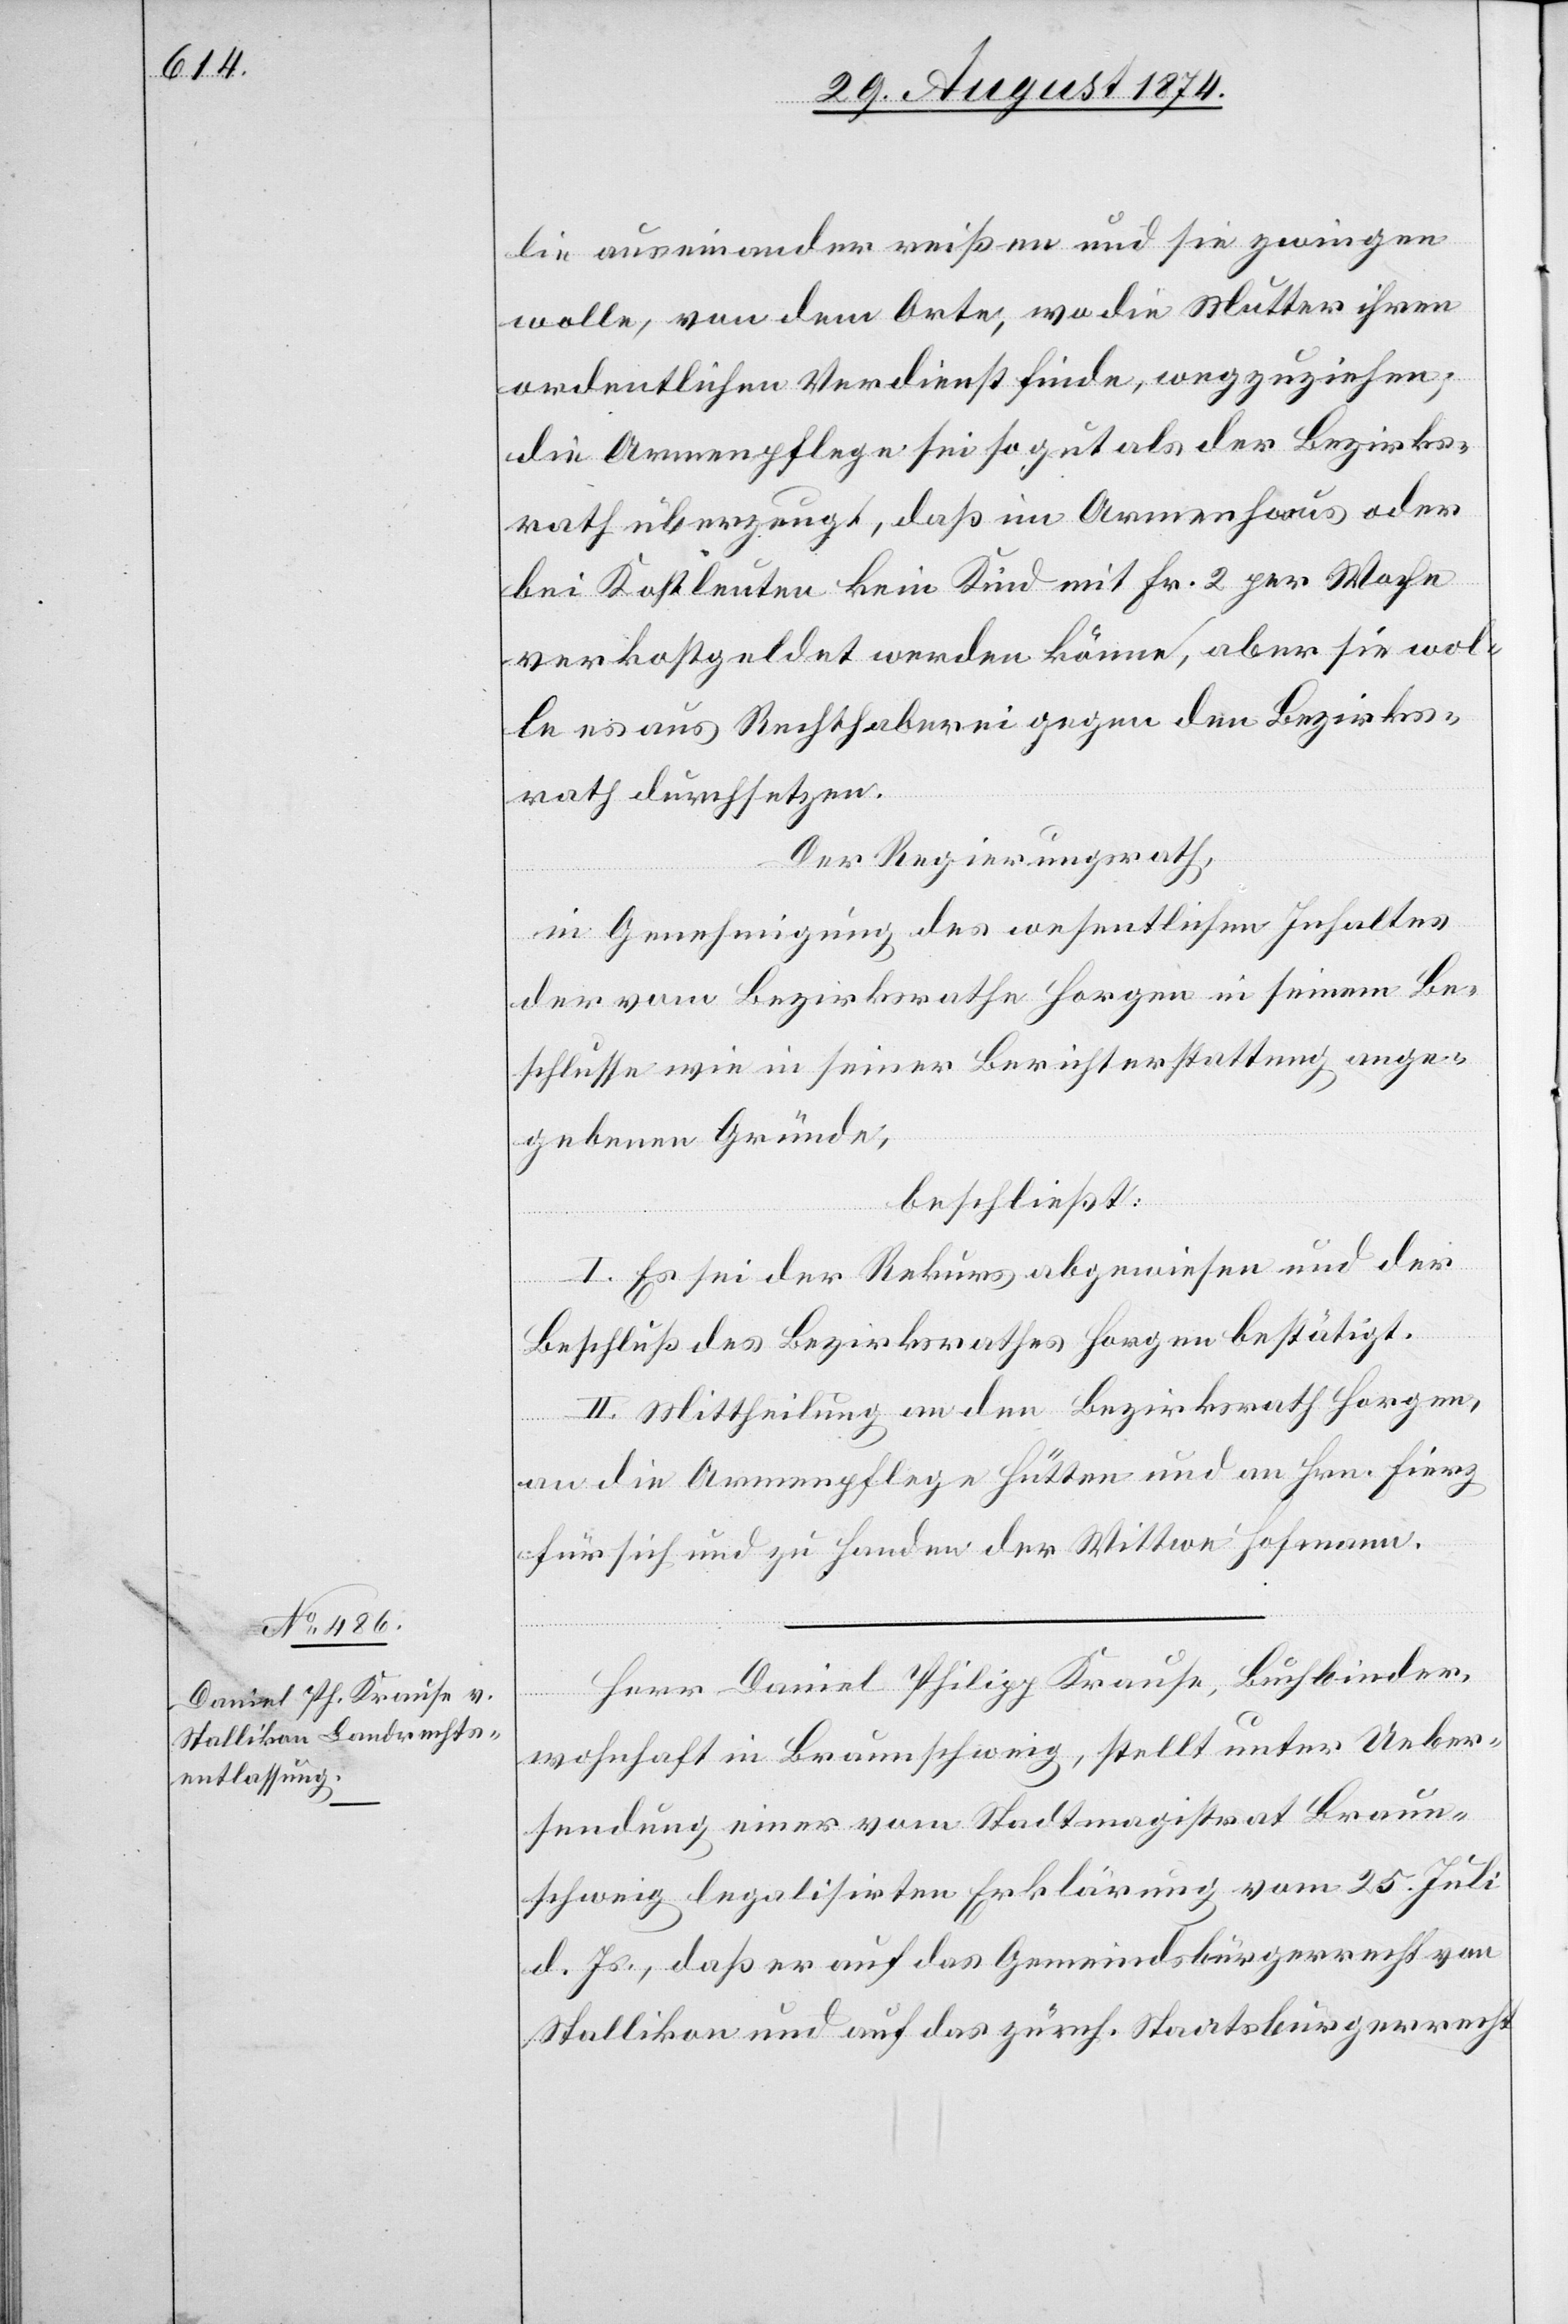
lie auseinander reißen und sie zwingen
wolle, von dem Orte, wo die Mutter ihren
ordentlichen Verdienst finde, wegzuziehen;
die Armenpflege sei so gut als der Bezirks¬
rath überzeugt, daß im Armenhaus oder
bei Kostleuten kein Kind mit Fr. 2 per Woche
verkostgeldet werden könne, aber sie wol¬
le es aus Rechthaberei gegen den Bezirks¬
rath durchsetzen.
Der Regierungsrath,
in Genehmigung des wesentlichen Inhaltes
der vom Bezirksrathe Horgen in seinem Be¬
schlusse wie in seiner Berichterstattung ange¬
gebenen Gründe,
beschließt:
I. Es sei der Rekurs abzuweisen und der
Beschluß des Bezirksrathes Horgen bestätigt.
II. Mittheilung an den Bezirksrath Horgen,
an die Armenpflege Hütten und an Hrn. Fierz
für sich und zu Handen der Wittwe Hofmann.
Herr Daniel Philipp Krause, Buchbinder,
wohnhaft in Braunschweig, stellt unter Ueber¬
sendung einer vom Stadtmagistrat Braun¬
schweig legalisirten Erklärung vom 25. Juli
d. Js., daß er auf das Gemeindsbürgerrecht von
Stallikon und auf das zürch. Staatsbürgerrecht